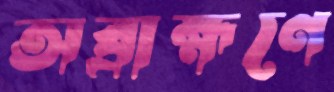
অব্রাহ্মণে